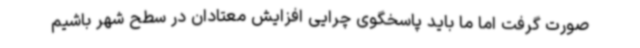
صورت گرفت اما ما باید پاسخگوی چرایی افزایش معتادان در سطح شهر باشیم